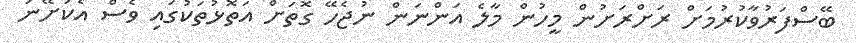
ބޭސްފަރުވާކުރުމަށް ރަށްރަށުން މީހުން މާލެ އަންނަން ނުޖެހޭ ގޮތަށް އަތޮޅުތަކުގައި ވެސް އެކަށޭނަ